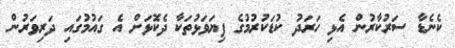
ކެނެޑާ ސަރުކާރުން އެޅި ހަރަދު ކުޑަކުރުމުގެ ފިޔަވަޅުތަކާ ދެކޮޅަށް އެ ގައުމުގައި ދަރިވަރުން